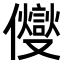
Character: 𠑄